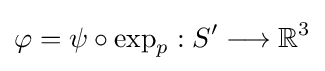
\varphi =\psi \circ \exp _{p}:S'\longrightarrow \mathbb {R} ^{3}